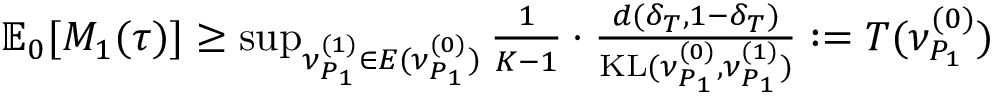
\begin{array} { r } { \mathbb { E } _ { 0 } [ M _ { 1 } ( \tau ) ] \ge \operatorname* { s u p } _ { \nu _ { P _ { 1 } } ^ { ( 1 ) } \in E ( \nu _ { P _ { 1 } } ^ { ( 0 ) } ) } \frac { 1 } { K - 1 } \cdot \frac { d ( \delta _ { T } , 1 - \delta _ { T } ) } { \mathrm { K L } ( \nu _ { P _ { 1 } } ^ { ( 0 ) } , \nu _ { P _ { 1 } } ^ { ( 1 ) } ) } : = T ( \nu _ { P _ { 1 } } ^ { ( 0 ) } ) } \end{array}